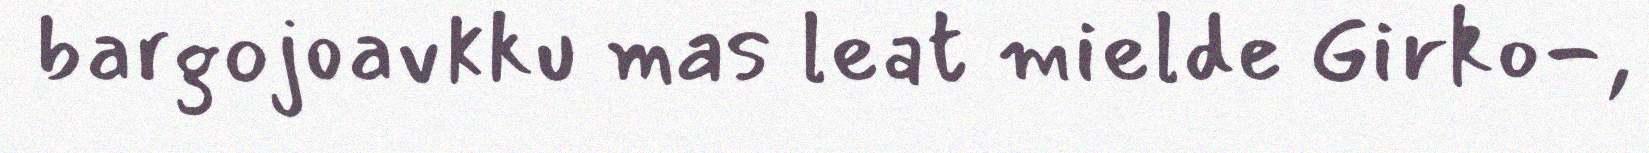
bargojoavkku mas leat mielde Girko-,